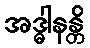
အဒ္ဓါနန္တိ